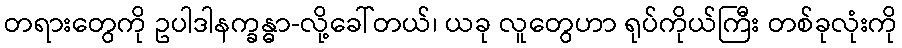
တရားတွေကို ဥပါဒါနက္ခန္ဓာ-လို့ခေါ်တယ်၊ ယခု လူတွေဟာ ရုပ်ကိုယ်ကြီး တစ်ခုလုံးကို